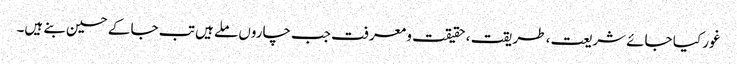
غور کیا جائے شریعت ، طریقت ، حقیقت و معرفت جب چاروں ملے ہیں تب جا کے حسین بنے ہیں۔